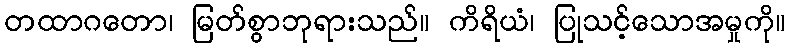
တထာဂတော၊ မြတ်စွာဘုရားသည်။ ကိရိယံ၊ ပြုသင့်သောအမှုကို။